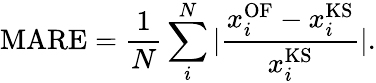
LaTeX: \mathrm{{MARE}}=\frac{1}{N}\sum_{i}^{N}{|\frac{x_{i}^{\mathrm{{OF}}}-x_{i}^{\mathrm{{KS}}}}{x_{i}^{\mathrm{{KS}}}}|}.